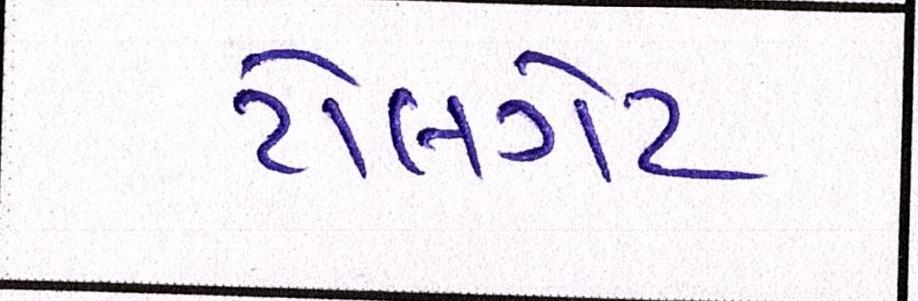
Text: ટોલગેટ